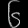
Digit: ၆